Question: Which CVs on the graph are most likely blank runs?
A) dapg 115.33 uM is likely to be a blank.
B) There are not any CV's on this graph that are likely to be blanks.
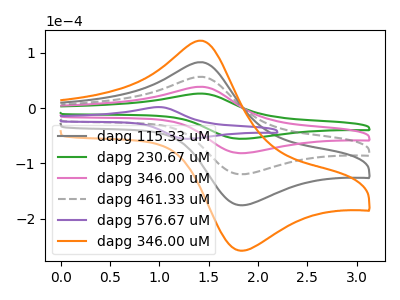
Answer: <think>The gray curve "dapg 115.33 uM" has an anodic peak at (1.45V, 115.35uA) and a cathodic peak at (1.85V, -244.60uA). The green curve "dapg 230.67 uM" has an anodic peak at (1.45V, 26.20uA) and a cathodic peak at (1.85V, -55.55uA). The pink curve "dapg 346.00 uM" has an anodic peak at (1.45V, 38.45uA) and a cathodic peak at (1.85V, -81.55uA). The gray dashed curve "dapg 461.33 uM" has an anodic peak at (1.45V, 76.90uA) and a cathodic peak at (1.85V, -163.05uA). The purple curve "dapg 576.67 uM" has an anodic peak at (1.00V, 1.80uA) and a cathodic peak at (1.30V, -55.55uA). The orange curve "dapg 346.00 uM" has an anodic peak at (1.45V, 153.85uA) and a cathodic peak at (1.85V, -326.15uA).</think>
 <answer>B) There are not any CV's on this graph that are likely to be blanks.</answer>
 <eval>B</eval>